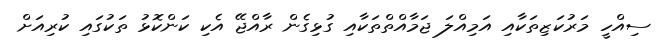
ސިއްހީ މަރުކަޒިތަކާއި އަމިއްލަ ޖަމާއްތްތަކާއި ގުޅިގެން ރާއްޖޭ އެކި ކަންކޮޅު ތަކުގައި ކުރިއަށް